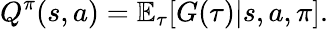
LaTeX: Q^{\pi}(s,a)=\mathbb{E}_{\tau}[G(\tau)|s,a,\pi].